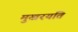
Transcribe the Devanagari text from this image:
मुखरयति